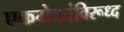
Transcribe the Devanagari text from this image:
एकमेकांविरूध्द